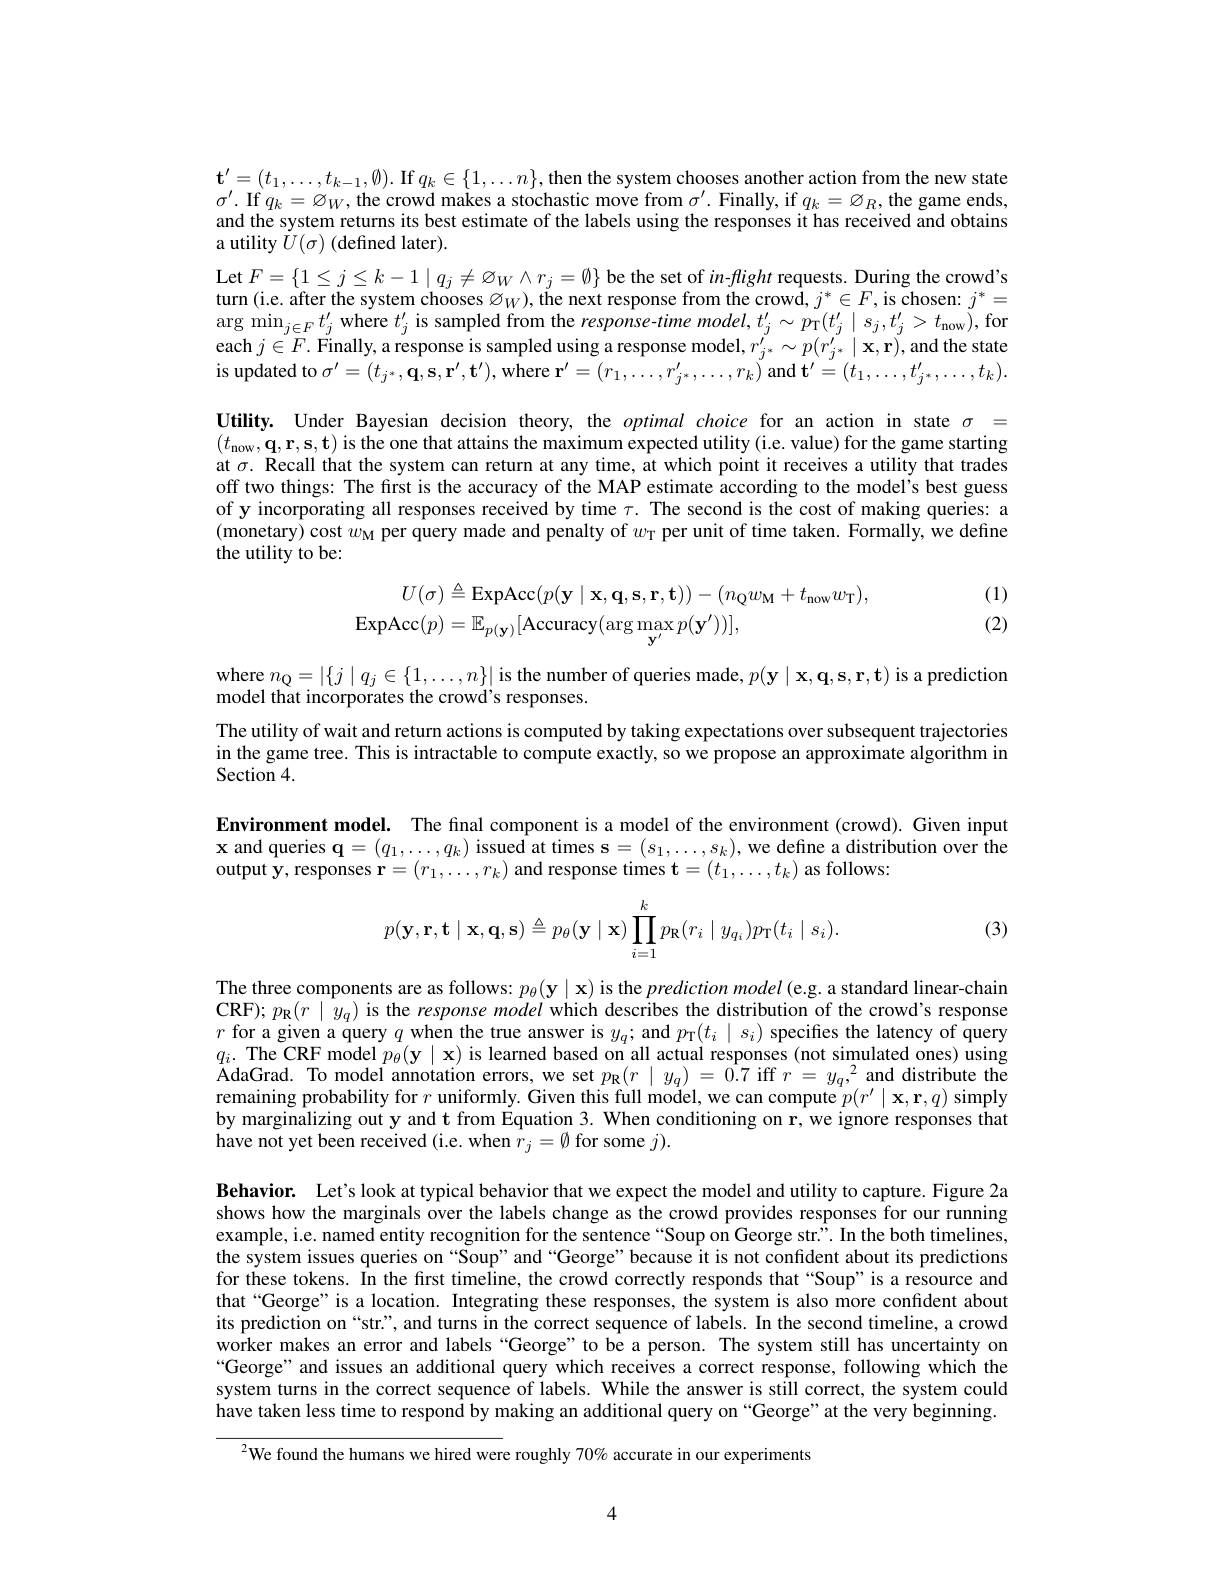
$\mathbf{t}^{\prime}=(t_1,\ldots,t_{k-1},\emptyset).$ If $q_k\in\{1,\ldots n\}$,then the system chooses another action from the new state $\sigma^{\prime}.$ If $q_k=\varnothing_W$, the crowd makes a stochastic move from $\sigma^\prime.$ Finally, if $q_k=\varnothing_R$, the game ends, and the system returns its best estimate of the labels using the responses it has received and obtains a utility $\dot{U}(\sigma)$ (defined later).
$\operatorname{Let}F=\{1\leq j\leq k-1\mid q_{j}\neq\varnothing_{W}\wedge r_{j}=\emptyset\}$ be the set of in-flight requests. During the crowd's turn (i.e. after the system chooses Ø$_W)$, the next response from the crowd, $j^*\in F$, is chosen: $j^*=$ $\arg\min_{j\in F}t_{j}^{\prime}$ where $t_j^\prime$ is sampled from the response-time model, $t_j^\prime\sim p_{\mathrm{T}}(t_j^\prime\mid s_j,t_j^\prime>t_{\mathrm{now}})$,for each $j\in F.$ Finally, a response is sampled using a response model, $r_{j^*}^{\prime}\sim p(r_{j^*}^{\prime}\mid\mathbf{x},\mathbf{r})$, and the state is updated to $\sigma^\prime=(t_{j^*},\mathbf{q},\mathbf{s},\mathbf{r}^{\prime},\mathbf{t}^{\prime})$, where $\mathbf{r}^\prime=(r_1,\ldots,r_{j^*}^{\prime},\ldots,r_k)$ and $\mathbf{t}^\prime=(t_1,\ldots,t_{j^*}^{\prime},\ldots,t_k).$ Utility. Under Bayesian decision theory, the optimal choice for an action in state $\sigma=$ $( t_{\mathrm{now}}, \mathbf{q} , \mathbf{r} , \mathbf{s} , \mathbf{t} )$ is the one that attains the maximum expected utility (i.e. value) for the game starting at $\sigma.$ Recall that the system can return at any time, at which point it receives a utility that trades off two things: The first is the accuracy of the MAP estimate according to the model's best guess of y incorporating all responses received by time $\tau.$ The second is the cost of making queries: a (monetary) cost $w_\mathrm{M}$ per query made and penalty of $w_\mathrm{T}$ per unit of time taken. Formally, we define the utility to be:

(1) (2)
$$\begin{aligned}U(\sigma)&\triangleq\mathrm{ExpAcc}(p(\mathbf{y}\mid\mathbf{x},\mathbf{q},\mathbf{s},\mathbf{r},\mathbf{t}))-(n_{\mathrm{Q}}w_{\mathrm{M}}+t_{\mathrm{now}}w_{\mathrm{T}}),\\\mathrm{ExpAcc}(p)&=\mathbb{E}_{p(\mathbf{y})}[\mathrm{Accuracy}(\arg\max_{\mathbf{y}^{\prime}}p(\mathbf{y}^{\prime}))],\end{aligned}$$
where $n_{\mathbb{Q}}=|\{j\mid q_{j}\in\{1,\ldots,n\}|$ is the number of queries made$,p(\mathbf{y}\mid\mathbf{x},\mathbf{q},\mathbf{s},\mathbf{r},\mathbf{t})$ is a prediction
model that incorporates the crowd's responses.
The utility of wait and return actions is computed by taking expectations over subsequent trajectories in the game tree. This is intractable to compute exactly, so we propose an approximate algorithm in Section 4.

Environment model. The final component is a model of the environment (crowd). Given input $\mathbf{x}$ and queries $\mathbf{q}=(q_1,\ldots,q_k)$ issued at times s$=(s_1,\ldots,s_k)$,we define a distribution over the output y, responses $\mathbf{r}=(r_1,\ldots,r_k)$ and response times $\mathbf{t}=(t_1,\ldots,t_k)$ as follows:
$$p(\mathbf{y},\mathbf{r},\mathbf{t}\mid\mathbf{x},\mathbf{q},\mathbf{s})\triangleq p_\theta(\mathbf{y}\mid\mathbf{x})\prod_{i=1}^kp_{\mathbf{R}}(r_i\mid y_{q_i})p_{\mathbf{T}}(t_i\mid s_i).$$
(3)

The three components are as follows: $p_\theta(\mathbf{y}\mid\mathbf{x})$ is the prediction model (e.g. a standard linear-chain $\mathbf{CRF}) ; p_{\mathrm{R} }( r\mid \bar{y} _{q})$ is the response model which describes the distribution of the crowd's response $r$ for a given a query $q$ when the true answer is $y_q;$ and $p_{\mathrm{T}}(t_i\mid s_i)$ specifies the latency of query $q_{i}.$ The CRF model $p_\theta(\mathbf{y}\mid\mathbf{x})$ is learned based on all actual responses (not simulated ones) using ${\mathrm{AdaGrad.~To~model~annotation~errors,~we~set~}p_{R}(r\mid y_{q})=\hat{0.7}\mathrm{~iff~}r=y_{q},^{2}}$and distribute the remaining probability for $r$ uniformly. Given this full model, we can compute $p(r^\prime\mid\mathbf{x},\mathbf{r},q)$ simply by marginalizing out y and t from Equation 3. When conditioning on r, we ignore responses that have not yet been received (i.e. when $r_j=\emptyset$ for some $j).$

Behavior. Let's look at typical behavior that we expect the model and utility to capture. Figure 2a shows how the marginals over the labels change as the crowd provides responses for our running example, i.e. named entity recognition for the sentence "Soup on George str? In the both timelines, the system issues queries on “Soup”and “George”because it is not confident about its predictions for these tokens. In the first timeline, the crowd correctly responds that“Soup”is a resource and that“George”is a location. Integrating these responses, the system is also more confident about its prediction on“str?, and turns in the correct sequence of labels. In the second timeline, a crowd worker makes an error and labels“George”to be a person. The system still has uncertainty on “George” and issues an additional query which receives a correct response, following which the system turns in the correct sequence of labels. While the answer is still correct, the system could have taken less time to respond by making an additional query on “George”at the very beginning.

$^{2}$We found the humans we hired were roughly 70% accurate in our experiments

4